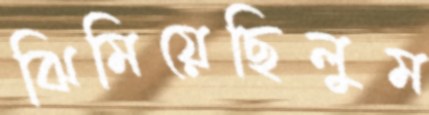
ঝিমিয়েছিলুম